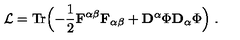
{ \cal L } = \mathrm { T r } \Bigl ( - { \frac { 1 } { 2 } } { \bf F } ^ { \alpha \beta } { \bf F } _ { \alpha \beta } + { \bf D } ^ { \alpha } \Phi { \bf D } _ { \alpha } \Phi \Bigr ) \ .